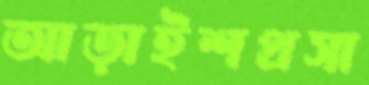
আড়াইশপ্রসা